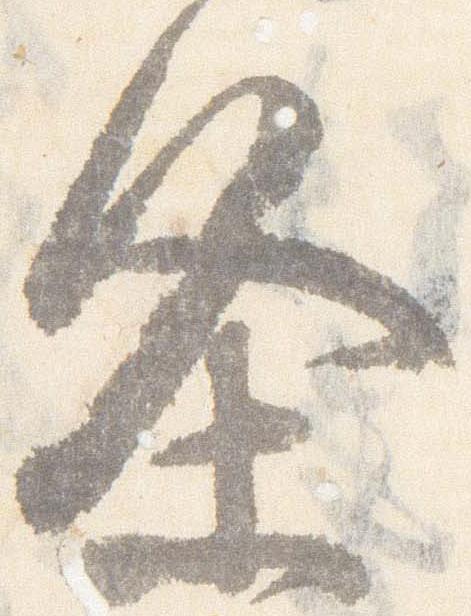
条